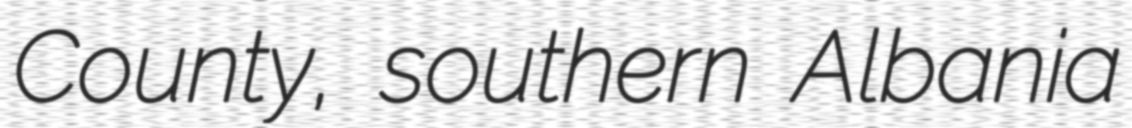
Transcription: County, southern Albania